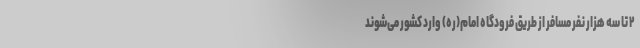
۲ تا سه هزار نفر مسافر از طریق فرودگاه امام(ره) وارد کشور می‌شوند